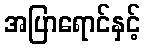
အပြာရောင်နှင့်